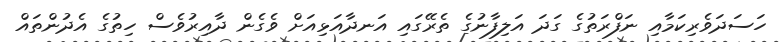
ހަސަދަވެރިކަމާއި ނަފްރަތުގެ ގަދަ އަލިފާނުގެ ތެރޭގައި އަނދާއަޅިއަށް ވެގެން ދާއިރުވެސް ހިތުގެ އެދުންތައް